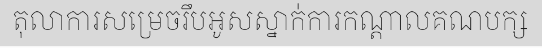
តុលាការសម្រេចរឹបអូសស្នាក់ការកណ្តាលគណបក្ស